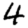
Digit: 4